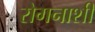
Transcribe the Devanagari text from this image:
रोगनाशी